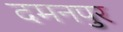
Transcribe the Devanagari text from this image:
दमनपुर